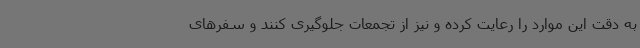
به دقت این موارد را رعایت کرده و نیز از تجمعات جلوگیری کنند و سفرهای